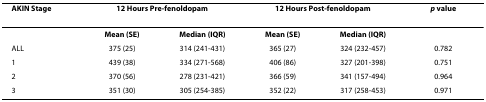
<table><thead><tr><td><b>AKIN Stage</b></td><td colspan="2"><b>12 Hours Pre-fenoldopam</b></td><td colspan="2"><b>12 Hours Post-fenoldopam</b></td><td><b><i>p </i>value</b></td></tr></thead><tbody><tr><td>[EMPTY_CELL]</td><td><b>Mean (SE)</b></td><td><b>Median (IQR)</b></td><td><b>Mean (SE)</b></td><td><b>Median (IQR)</b></td><td>[EMPTY_CELL]</td></tr><tr><td>ALL</td><td>375 (25)</td><td>314 (241-431)</td><td>365 (27)</td><td>324 (232-457)</td><td>0.782</td></tr><tr><td>1</td><td>439 (38)</td><td>334 (271-568)</td><td>406 (86)</td><td>327 (201-398)</td><td>0.751</td></tr><tr><td>2</td><td>370 (56)</td><td>278 (231-421)</td><td>366 (59)</td><td>341 (157-494)</td><td>0.964</td></tr><tr><td>3</td><td>351 (30)</td><td>305 (254-385)</td><td>352 (22)</td><td>317 (258-453)</td><td>0.971</td></tr></tbody></table>